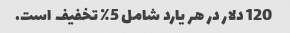
120 دلار در هر یارد شامل 5٪ تخفیف است.